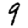
Digit: 9